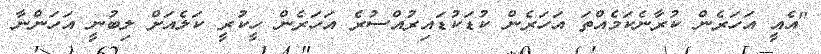
"އެއީ އަހަރެން ކުރާނެކަމެއްތަ އަހަރެން ކުޑަކުޑައިރުއްސުރެ އަހަރެން ހީކުރީ ކަލެއަށް ލިބުނީ އަހަންނާ